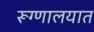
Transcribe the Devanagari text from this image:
रूग्‍णालयात